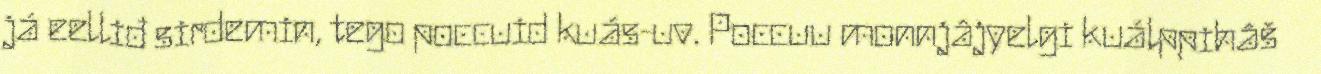
já eelliđ sirdemin, tego poccuid kuás-uv. Poccuu monnjâjyelgi kuálppihâš